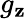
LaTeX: g_{\mathbf{z}}